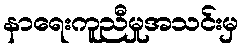
နာရေးကူညီမှုအသင်းမှ